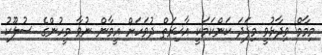
މިމާމް ވިދާޅުވީ މިފަދަ ކަންކަމަކީ އާޚިރަތް ދުވަހަށް އީމާން ނުވާ މީހުންގެ ސުލޫކު